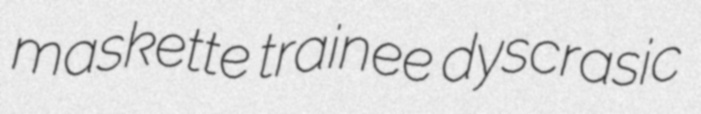
maskette trainee dyscrasic